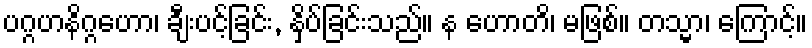
ပဂ္ဂဟနိဂ္ဂဟော၊ ချီးပင့်ခြင်း, နှိပ်ခြင်းသည်။ န ဟောတိ၊ မဖြစ်။ တသ္မာ၊ ကြောင့်။